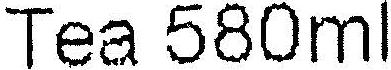
TEA 580ML